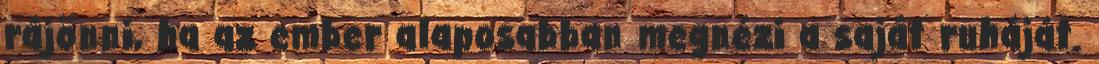
rájönni, ha az ember alaposabban megnézi a saját ruháját.